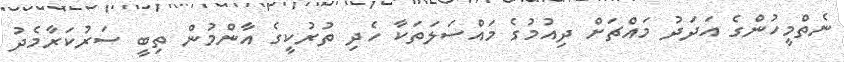
ނެތްމީހުންގެ އަދަދު މައްޗަށް ދިއުމުގެ މައްސަލަތަކާ ހެދި ތުރުކީގެ އާންމުން ތިބީ ސަރުކަރާމެދު